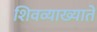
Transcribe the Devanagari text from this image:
शिवव्याख्याते